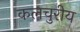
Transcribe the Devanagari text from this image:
कलचुरीय